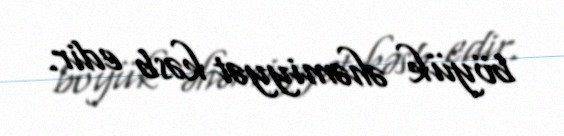
böyük əhəmiyyət kəsb edir.